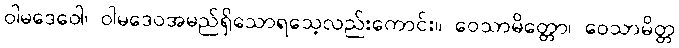
ဝါမဒေဝေါ၊ ဝါမဒေဝအမည်ရှိသောရသေ့လည်းကောင်း။ ဝေသာမိတ္တော၊ ဝေသာမိတ္တ